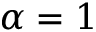
\alpha = 1